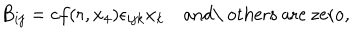
B _ { i j } = c f ( r , x _ { 4 } ) \epsilon _ { i j k } x _ { k } \quad \mathrm { a n d \ o t h e r s ~ a r e ~ z e r o } ,